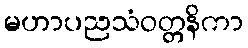
မဟာပညသံဝတ္တနိကာ